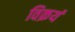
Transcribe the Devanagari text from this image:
विक्रयं